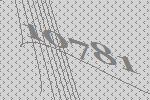
10781